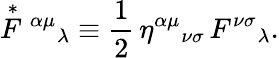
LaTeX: \stackrel{*}{F}{}^{\alpha\mu}{}_{\lambda}\equiv\frac{1}{2}\, \eta^{\alpha\mu}{}_{\nu\sigma}\, F^{\nu\sigma}{}_{\lambda}.